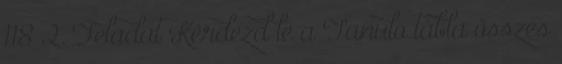
118 2. Feladat Kérdezd le a Tanulo tábla összes